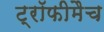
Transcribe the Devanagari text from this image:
ट्रॉफीमैच